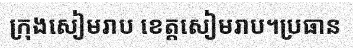
ក្រុងសៀមរាប ខេត្តសៀមរាប។ប្រធាន